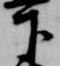
下